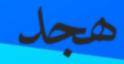
ھجد